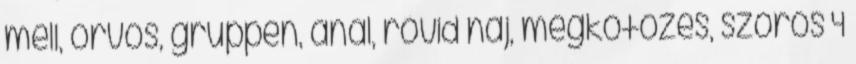
mell, orvos, gruppen, anal, rővid haj, megkötözés, szoros 4